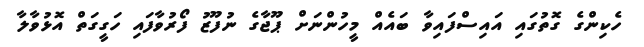
ހެކިންގެ ގޮތުގައި އައިސްފައިވާ ބައެއް މީހުންނަށް ޕޫޖާގެ ނުފޫޒު ފޯރުވާފައި ހަގީގަތް އޮޅުވާލާ